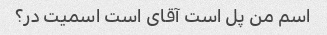
اسم من پل است آقای است اسمیت در؟